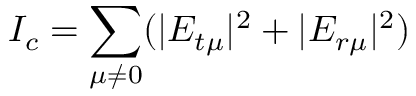
I _ { c } = \sum _ { \mu \neq 0 } ( | E _ { t \mu } | ^ { 2 } + | E _ { r \mu } | ^ { 2 } )